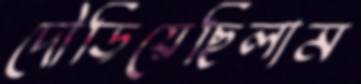
দৌড়িয়েছিলাম